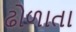
ઢોળાતા